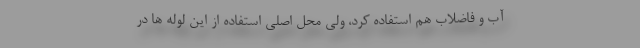
آب و فاضلاب هم استفاده کرد، ولی محل اصلی استفاده از این لوله ها در